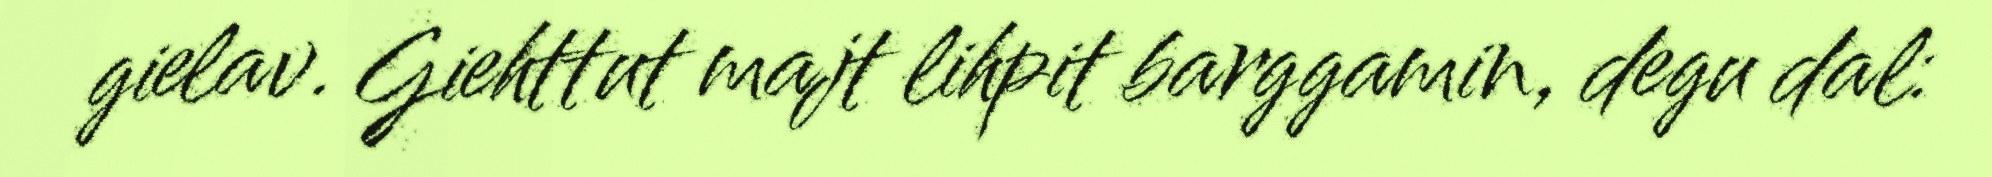
gielav. Giehttut majt lihpit barggamin, degu dal: